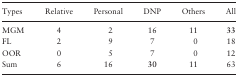
<table><thead><tr><td><b>Types</b></td><td><b>Relative</b></td><td><b>Personal</b></td><td><b>DNP</b></td><td><b>Others</b></td><td><b>All</b></td></tr></thead><tbody><tr><td>MGM</td><td>4</td><td>2</td><td>16</td><td>11</td><td><b>33</b></td></tr><tr><td>FL</td><td>2</td><td>9</td><td>7</td><td>0</td><td>18</td></tr><tr><td>OOR</td><td>0</td><td>5</td><td>7</td><td>0</td><td>12</td></tr><tr><td>Sum</td><td>6</td><td>16</td><td><b>30</b></td><td>11</td><td>63</td></tr></tbody></table>